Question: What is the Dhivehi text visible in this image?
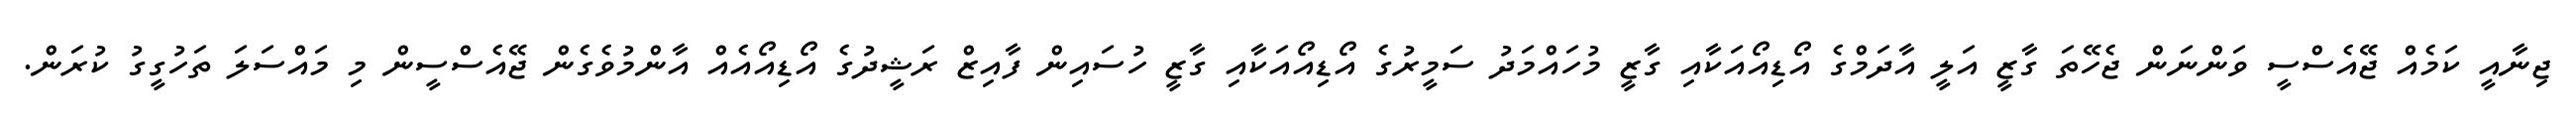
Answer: ޖިނާއީ ކަމެއް ޖޭއެސްސީ ވަންނަން ޖެހޭތަ ގާޒީ އަލީ އާދަމްގެ އޯޑިއޯއަކާއި ގާޒީ މުހައްމަދު ސަމީރުގެ އޯޑިއޯއަކާއި ގާޒީ ހުސައިން ފާއިޒް ރަޝީދުގެ އޯޑިއޯއެއް އާންމުވެގެން ޖޭއެސްސީން މި މައްސަލަ ތަހުގީގު ކުރަން.